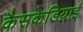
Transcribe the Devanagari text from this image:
कैसकेडियाई